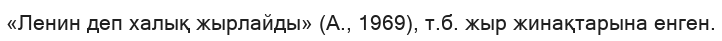
«Ленин деп халық жырлайды» (А., 1969), т.б. жыр жинақтарына енген.